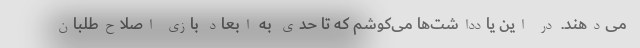
می‌دهند. در این یادداشت‌ها می‌کوشم که تا حدی به ابعاد بازی اصلاح‌طلبان